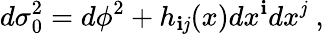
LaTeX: d\sigma_{0}^{2}=d\phi^{2}+h_{\mathbf{i}\mathit{j}}(x)dx^{\mathbf{i}}dx^{\mathit{j}}\; ,